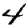
Digit: 4